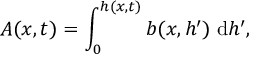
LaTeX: A ( x , t ) = \int _ { 0 } ^ { h ( x , t ) } b ( x , h ^ { \prime } ) \; { \mathrm { d } } h ^ { \prime } ,